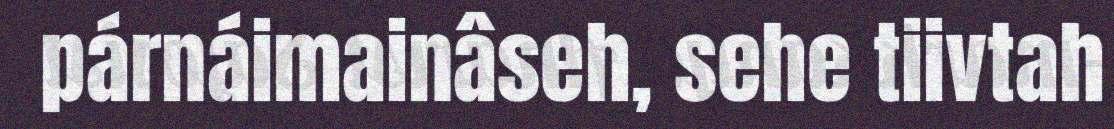
párnáimainâseh, sehe tiivtah